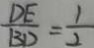
\frac { D E } { B D } = \frac { 1 } { 2 }